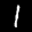
Label: 1